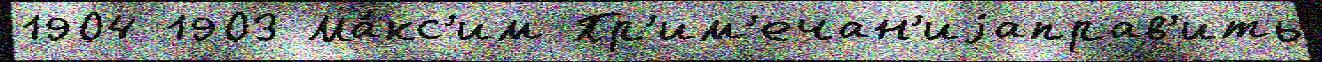
1904 1903 Ма́кс'им Пр'им'ечан'иjаправ'ить